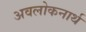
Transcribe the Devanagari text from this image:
अवलोकनार्थ